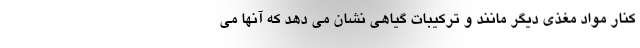
کنار مواد مغذی دیگر مانند و ترکیبات گیاهی نشان می دهد که آنها می